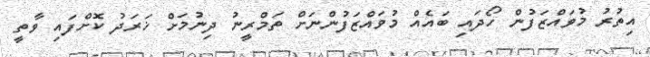
އިތުރު މުވައްޒަފުން ހޯދައި ބައެއް މުވައްޒަފުންނަށް ތަމްރީނު ދިނުމަށް ޚަރަދު ކޮށްފައި ވާތީ